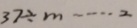
3 7 \div m \cdots 2